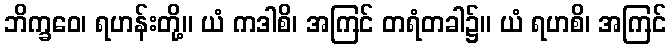
ဘိက္ခဝေ၊ ရဟန်းတို့။ ယံ ကဒါစိ၊ အကြင် တရံတခါ၌။ ယံ ရဟစိ၊ အကြင်